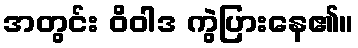
အတွင်း ဝိဝါဒ ကွဲပြားနေ၏။